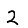
Digit: 2